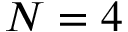
N = 4